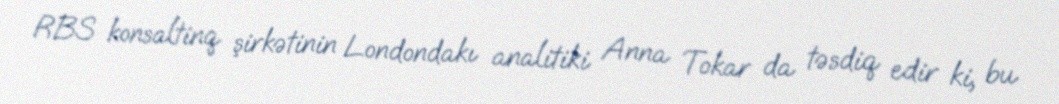
RBS konsaltinq şirkətinin Londondakı analitiki Anna Tokar da təsdiq edir ki, bu